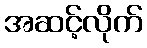
အဆင့်လိုက်